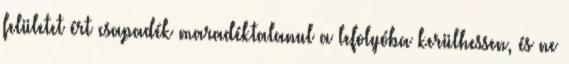
felületet ért csapadék maradéktalanul a lefolyóba kerülhessen, és ne